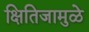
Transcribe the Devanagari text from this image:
क्षितिजामुळे